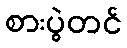
စားပွဲတင်